Plague in India, 1896, 1897 - Volume 3
Year: 1896
Disease focus: Plague
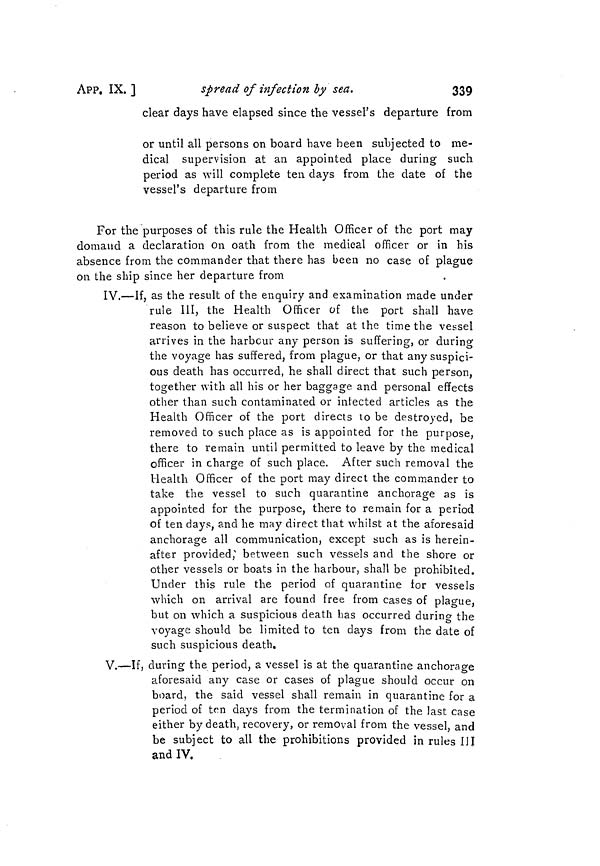
339
APP. IX. ]
spread of infection by sea.
clear days have elapsed since the vessel's departure from
or until all persons on board have been subjected to me-
dical supervision at an appointed place during such
period as will complete ten clays from the date of the
vessel's departure from
For the purposes of this rule the Health Officer of the port may
domaud a declaration on oath from the medical officer or in his
absence from the commander that there has been no case of plague
on the ship since her departure from
IV.—If, as the result of the enquiry and examination made under
rule III, the Health Officer of the port shall have
reason to believe or suspect that at the time the vessel
arrives in the harbour any person is suffering, or during
the voyage has suffered, from plague, or that any suspici-
ous death has occurred, he shall direct that such person,
together with all his or her baggage and personal effects
other than such contaminated or infected articles as the
Health Officer of the port directs to be destroyed, be
removed to such place as is appointed for the purpose,
there to remain until permitted to leave by the medical
officer in charge of such place. After such removal the
Health Officer of the port may direct the commander to
take the vessel to such quarantine anchorage as is
appointed for the purpose, there to remain for a period
of ten days, and he may direct that whilst at the aforesaid
anchorage all communication, except such as is herein-
after provided,' between such vessels and the shore or
other vessels or boats in the harbour, shall be prohibited.
Under this rule the period of quarantine for vessels
which on arrival are found free from cases of plague,
but on which a suspicious death has occurred during the
voyage should be limited to ten days from the date of
such suspicious death.
V.—If, during the period, a vessel is at the quarantine anchorage
aforesaid any case or cases of plague should occur on
board, the said vessel shall remain in quarantine for a
period of ten days from the termination of the last case
either by death, recovery, or removal from the vessel, and
be subject to all the prohibitions provided in rules III
and IV.